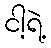
ငါ့ရဲ့